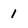
Character: 1